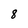
Character: 8